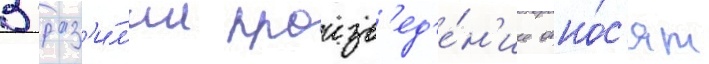
В браз'и́л'ии произв'ед'е́н'ие отно́с'ят